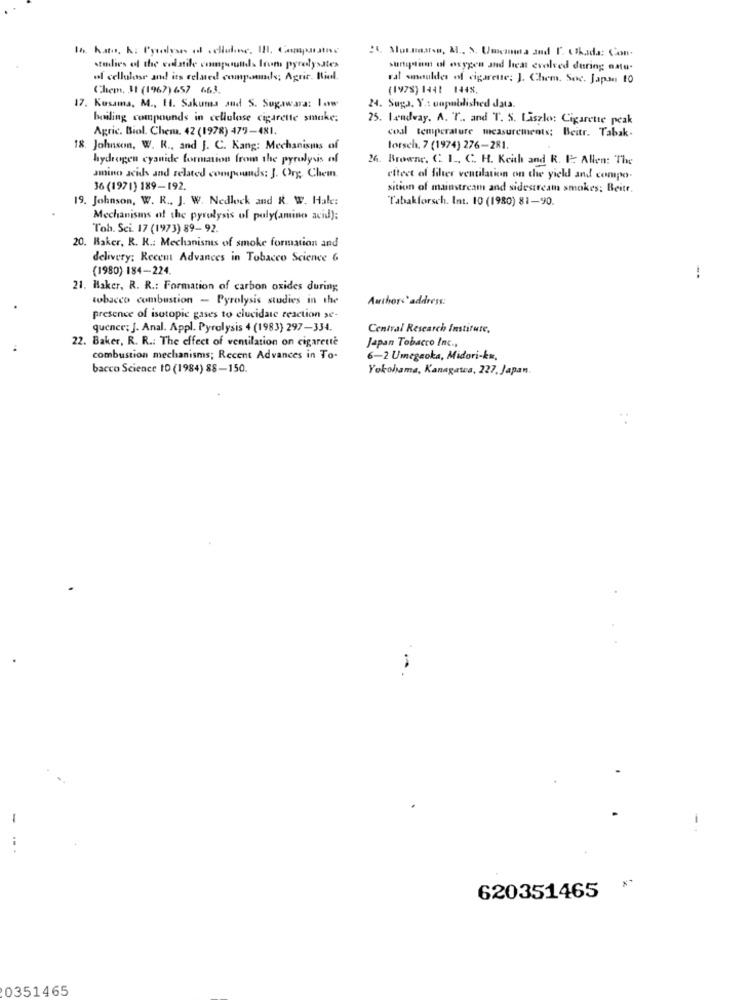
In hats, k: Pytolyan of cellaline, Il. Compostoc
:. Moradarss, M ., S. Umcama and [. Chada: Con-
studies of the vedstile compounds Irum pyrolysates
surtipstim of oxygen and leat evolved during natu-
of cellulose and its related compounds; Agric. Biol.
ral smouldes of cigarette; J. Chem. Soc. Japan 10
Chem, 31 (1967) 657 663.
(197%) 1441 1448.
17. Kusama, M ., 11. Sakuma and S. Sugawara: lowe
24. Suga. Y .: unpublished data.
boiling compounds in cellulose cigarette smoke;
25. 1ændway. A. T .. and T. S. Laszlo: Cigarette peak
Agric. Biol. Chem. 42 (1978) 477-481.
coal temperature measurements; Beitr. Tabak.
18. Johnson, W. R ., and J. C. Kang: Mechanisms of
lorsch. 7 (1974) 276-281.
hydrogen cyanide formation from the pyrolysis of
26. Browne. C. I. C. H. Keith and R. I: Allen: The
amino acids and related compounds: J. Org Chem.
effect of filter ventilation on the yield and compo.
36 (1971) 189-192.
sition of mainstream and sidestream smokes; Beitr.
19. Johnson, W. R ., J. W. Nedlock and R. W. Hale:
Tabakforsch. Int. 10 (1980) 81-90.
Mechanisms of the pyrolysis of poly(amino acid);
Toh. Sei. 17 (1973) 89- 92.
20. Baker, R. R .: Mechanisms of smoke formation and
delivery; Recent Advances in Tobacco Science &
(1980) 184-224.
-.
21. Haker, R. R .: Formation of carbon oxides during
tobacco combustion - Pyrolysis studies in the
Authors' address:
presence of isotopic gases to clucidaic reaction se-
quence; J. Anal. Appl. Pyrolysis 4 (1983) 297-334.
Central Research Institute,
22. Baker, R. R .: The effect of ventilation on cigarette
Japan Tobacco Inc .,
combustion mechanisms; Recent Advances in To-
6-2 Umegaoka, Midori-ku,
bacco Science ID (1984) 88-150.
Yokohama, Kanagawa, 227, Japan.
620351465
0351465